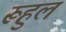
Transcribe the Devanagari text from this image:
रूहुल